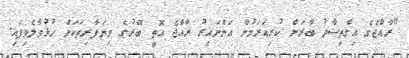
"ރާއްޖެގެ އިގްތިސާދު ބާރަށް ކުރިއަރަމުން އަންނައިރު ރާއްޖެ އޮތީ ބޭރުގެ ވިޔަފާރިތަކަށް ހުޅުވާލެވިފައި.